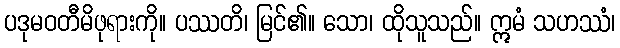
ပဒုမဝတီမိဖုရားကို။ ပဿတိ၊ မြင်၏။ သော၊ ထိုသူသည်။ ဣမံ သဟဿံ၊